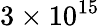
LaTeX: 3\times 10^{15}